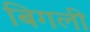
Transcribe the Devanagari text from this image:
बिगली